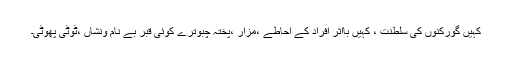
کہیں گورکنوں کی سلطنت ، کہیں بااثر افراد کے احاطے ،مزار ،پختہ چبوترے کوئی قبر بے نام ونشاں ،ٹوٹی پھوٹی۔